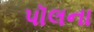
પૉલના